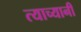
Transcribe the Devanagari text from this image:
त्याच्यानी